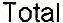
TOTAL